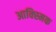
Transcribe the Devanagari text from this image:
आक्स्मिक